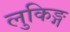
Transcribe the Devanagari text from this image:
लुकिङ्ग